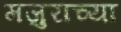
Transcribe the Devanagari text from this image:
मजुराच्या